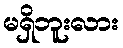
မရှိဘူးလား